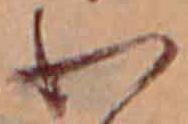
わ